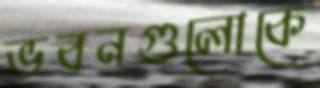
ভবনগুলোকে